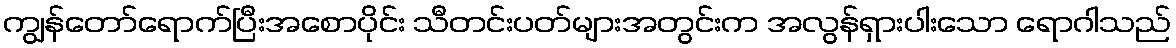
ကျွန်တော်ရောက်ပြီးအစောပိုင်း သီတင်းပတ်များအတွင်းက အလွန်ရှားပါးသော ရောဂါသည်